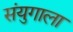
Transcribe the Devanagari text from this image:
संयुगाला